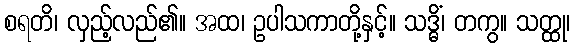
စရတိ၊ လှည့်လည်၏။ အထ၊ ဥပါသကာတို့နှင့်။ သဒ္ဓိံ၊ တကွ။ သတ္ထု၊